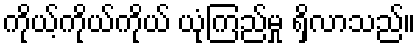
ကိုယ့်ကိုယ်ကိုယ် ယုံကြည်မှု ရှိလာသည်။